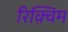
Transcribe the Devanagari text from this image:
रिक़्विम